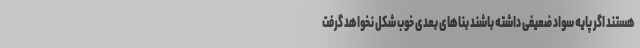
هستند اگر پایه سواد ضعیفی داشته باشند بناهای بعدی خوب شکل نخواهد گرفت